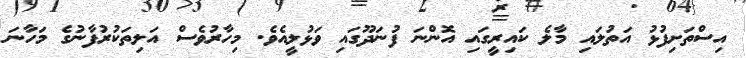
އިސްތަށިފުޅު އަތުލައި މާލެ ކައިރީގައި އޮންނަ ފުނަދޫގައި ވަޅުލީއެވެ. މިހާރުވެސް އަލިތަކުރުފާނުގެ މަހާނަ